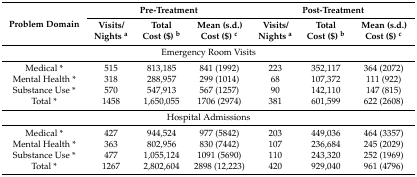
| <ROWSPAN=2> Problem Domain | <COLSPAN=3> Pre-Treatment | <COLSPAN=3> Post-Treatment |
 | Visits/Nights a | Total Cost ($) b | Mean (s.d.) Cost ($) c | Visits/Nights a | Total Cost ($) b | Mean (s.d.) Cost ($) c |
 | --- | --- | --- | --- | --- | --- | --- |
 | <COLSPAN=7> Emergency Room Visits |
 | Medical * | 515 | 813,185 | 841 (1992) | 223 | 352,117 | 364 (2072) |
 | Mental Health * | 318 | 288,957 | 299 (1014) | 68 | 107,372 | 111 (922) |
 | Substance Use * | 570 | 547,913 | 567 (1257) | 90 | 142,110 | 147 (815) |
 | Total * | 1458 | 1,650,055 | 1706 (2974) | 381 | 601,599 | 622 (2608) |
 | <COLSPAN=7> Hospital Admissions |
 | Medical * | 427 | 944,524 | 977 (5842) | 203 | 449,036 | 464 (3357) |
 | Mental Health * | 363 | 802,956 | 830 (7442) | 107 | 236,684 | 245 (2029) |
 | Substance Use * | 477 | 1,055,124 | 1091 (5690) | 110 | 243,320 | 252 (1969) |
 | Total * | 1267 | 2,802,604 | 2898 (12,223) | 420 | 929,040 | 961 (4796) |